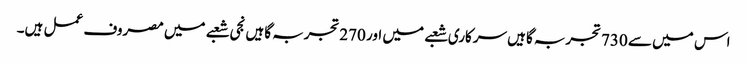
اس میں سے 730تجربہ گاہیں سرکاری شعبے میں اور 270تجربہ گاہیں نجی شعبے میں مصروف عمل ہیں۔